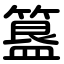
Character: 簋